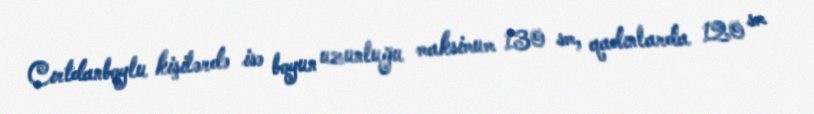
Cırtdanboylu kişilərdə isə boyun uzunluğu maksimum 130 sm, qadınlarda 120 sm